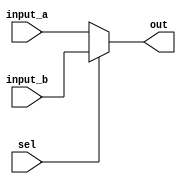
`timescale 1ns / 1ps
//////////////////////////////////////////////////////////////////////////////////
// Company: 
// Engineer: 
// 
// Design Name: 
// Module Name:    proc_mux 
// Project Name: 
// Target Devices: 
// Tool versions: 
// Description: 
//
// Dependencies: 
//
// Revision: 
// Revision 0.01 - File Created
// Additional Comments: 
//
//////////////////////////////////////////////////////////////////////////////////
module proc_mux(
    input [7:0] input_a,
    input [7:0] input_b,
    input sel,
    output [7:0] out
    );

assign out = (sel) ? input_b : input_a;

endmodule